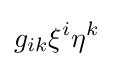
g_{ik}\xi ^{i}\eta ^{k}